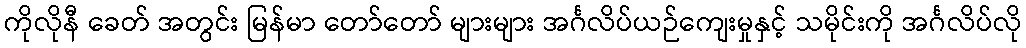
ကိုလိုနီ ခေတ် အတွင်း မြန်မာ တော်တော် များများ အင်္ဂလိပ်ယဉ်ကျေးမှုနှင့် သမိုင်းကို အင်္ဂလိပ်လို